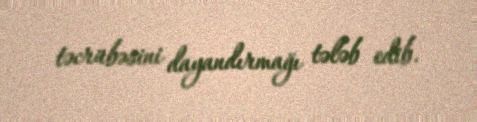
təcrübəsini dayandırmağı tələb edib.